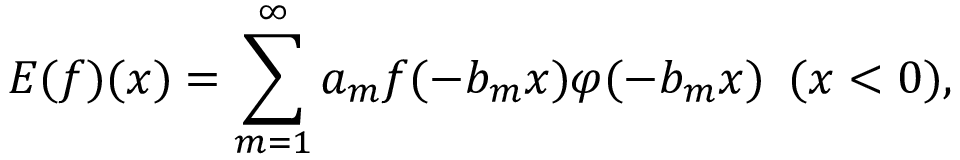
\displaystyle { E ( f ) ( x ) = \sum _ { m = 1 } ^ { \infty } a _ { m } f ( - b _ { m } x ) \varphi ( - b _ { m } x ) \, \, \, ( x < 0 ) , }